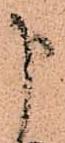
申